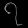
Digit: ၇